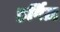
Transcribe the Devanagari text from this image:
हर्विज़